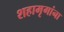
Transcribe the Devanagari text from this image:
शहामृगांना